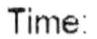
TIME: